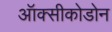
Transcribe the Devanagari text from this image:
ऑक्सीकोडोन